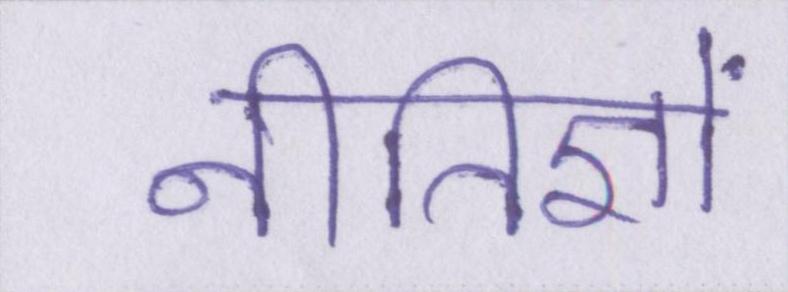
नीतिज्ञों